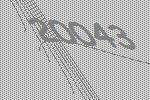
20043